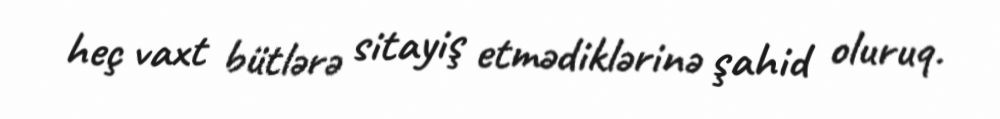
heç vaxt bütlərə sitayiş etmədiklərinə şahid oluruq.